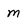
Character: m